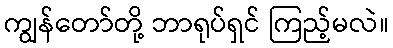
ကျွန်တော်တို့ ဘာရုပ်ရှင် ကြည့်မလဲ။